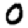
Digit: 0